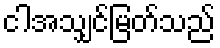
ငါအသျှင်မြတ်သည်